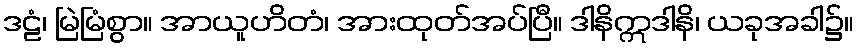
ဒဠံ၊ မြဲမြံစွာ။ အာယူဟိတံ၊ အားထုတ်အပ်ပြီ။ ဒါနိဣဒါနိ၊ ယခုအခါ၌။